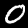
Digit: 0